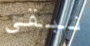
نبقى